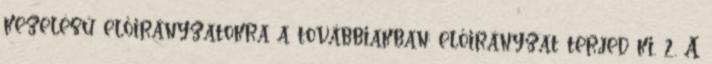
kezelésű előirányzatokra a továbbiakban: előirányzat terjed ki. 2. A